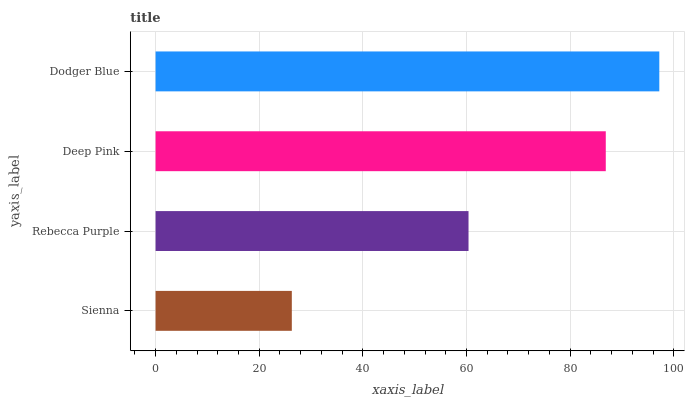
| yaxis_label | bars |
 | --- | --- |
 | Sienna | 26.3 |
 | Rebecca Purple | 60.4 |
 | Deep Pink | 86.9 |
 | Dodger Blue | 97.2 |